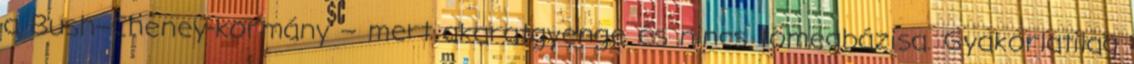
a Bush–Cheney-kormány – mert akaratgyenge és nincs tömegbázisa. Gyakorlatilag